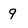
Character: g